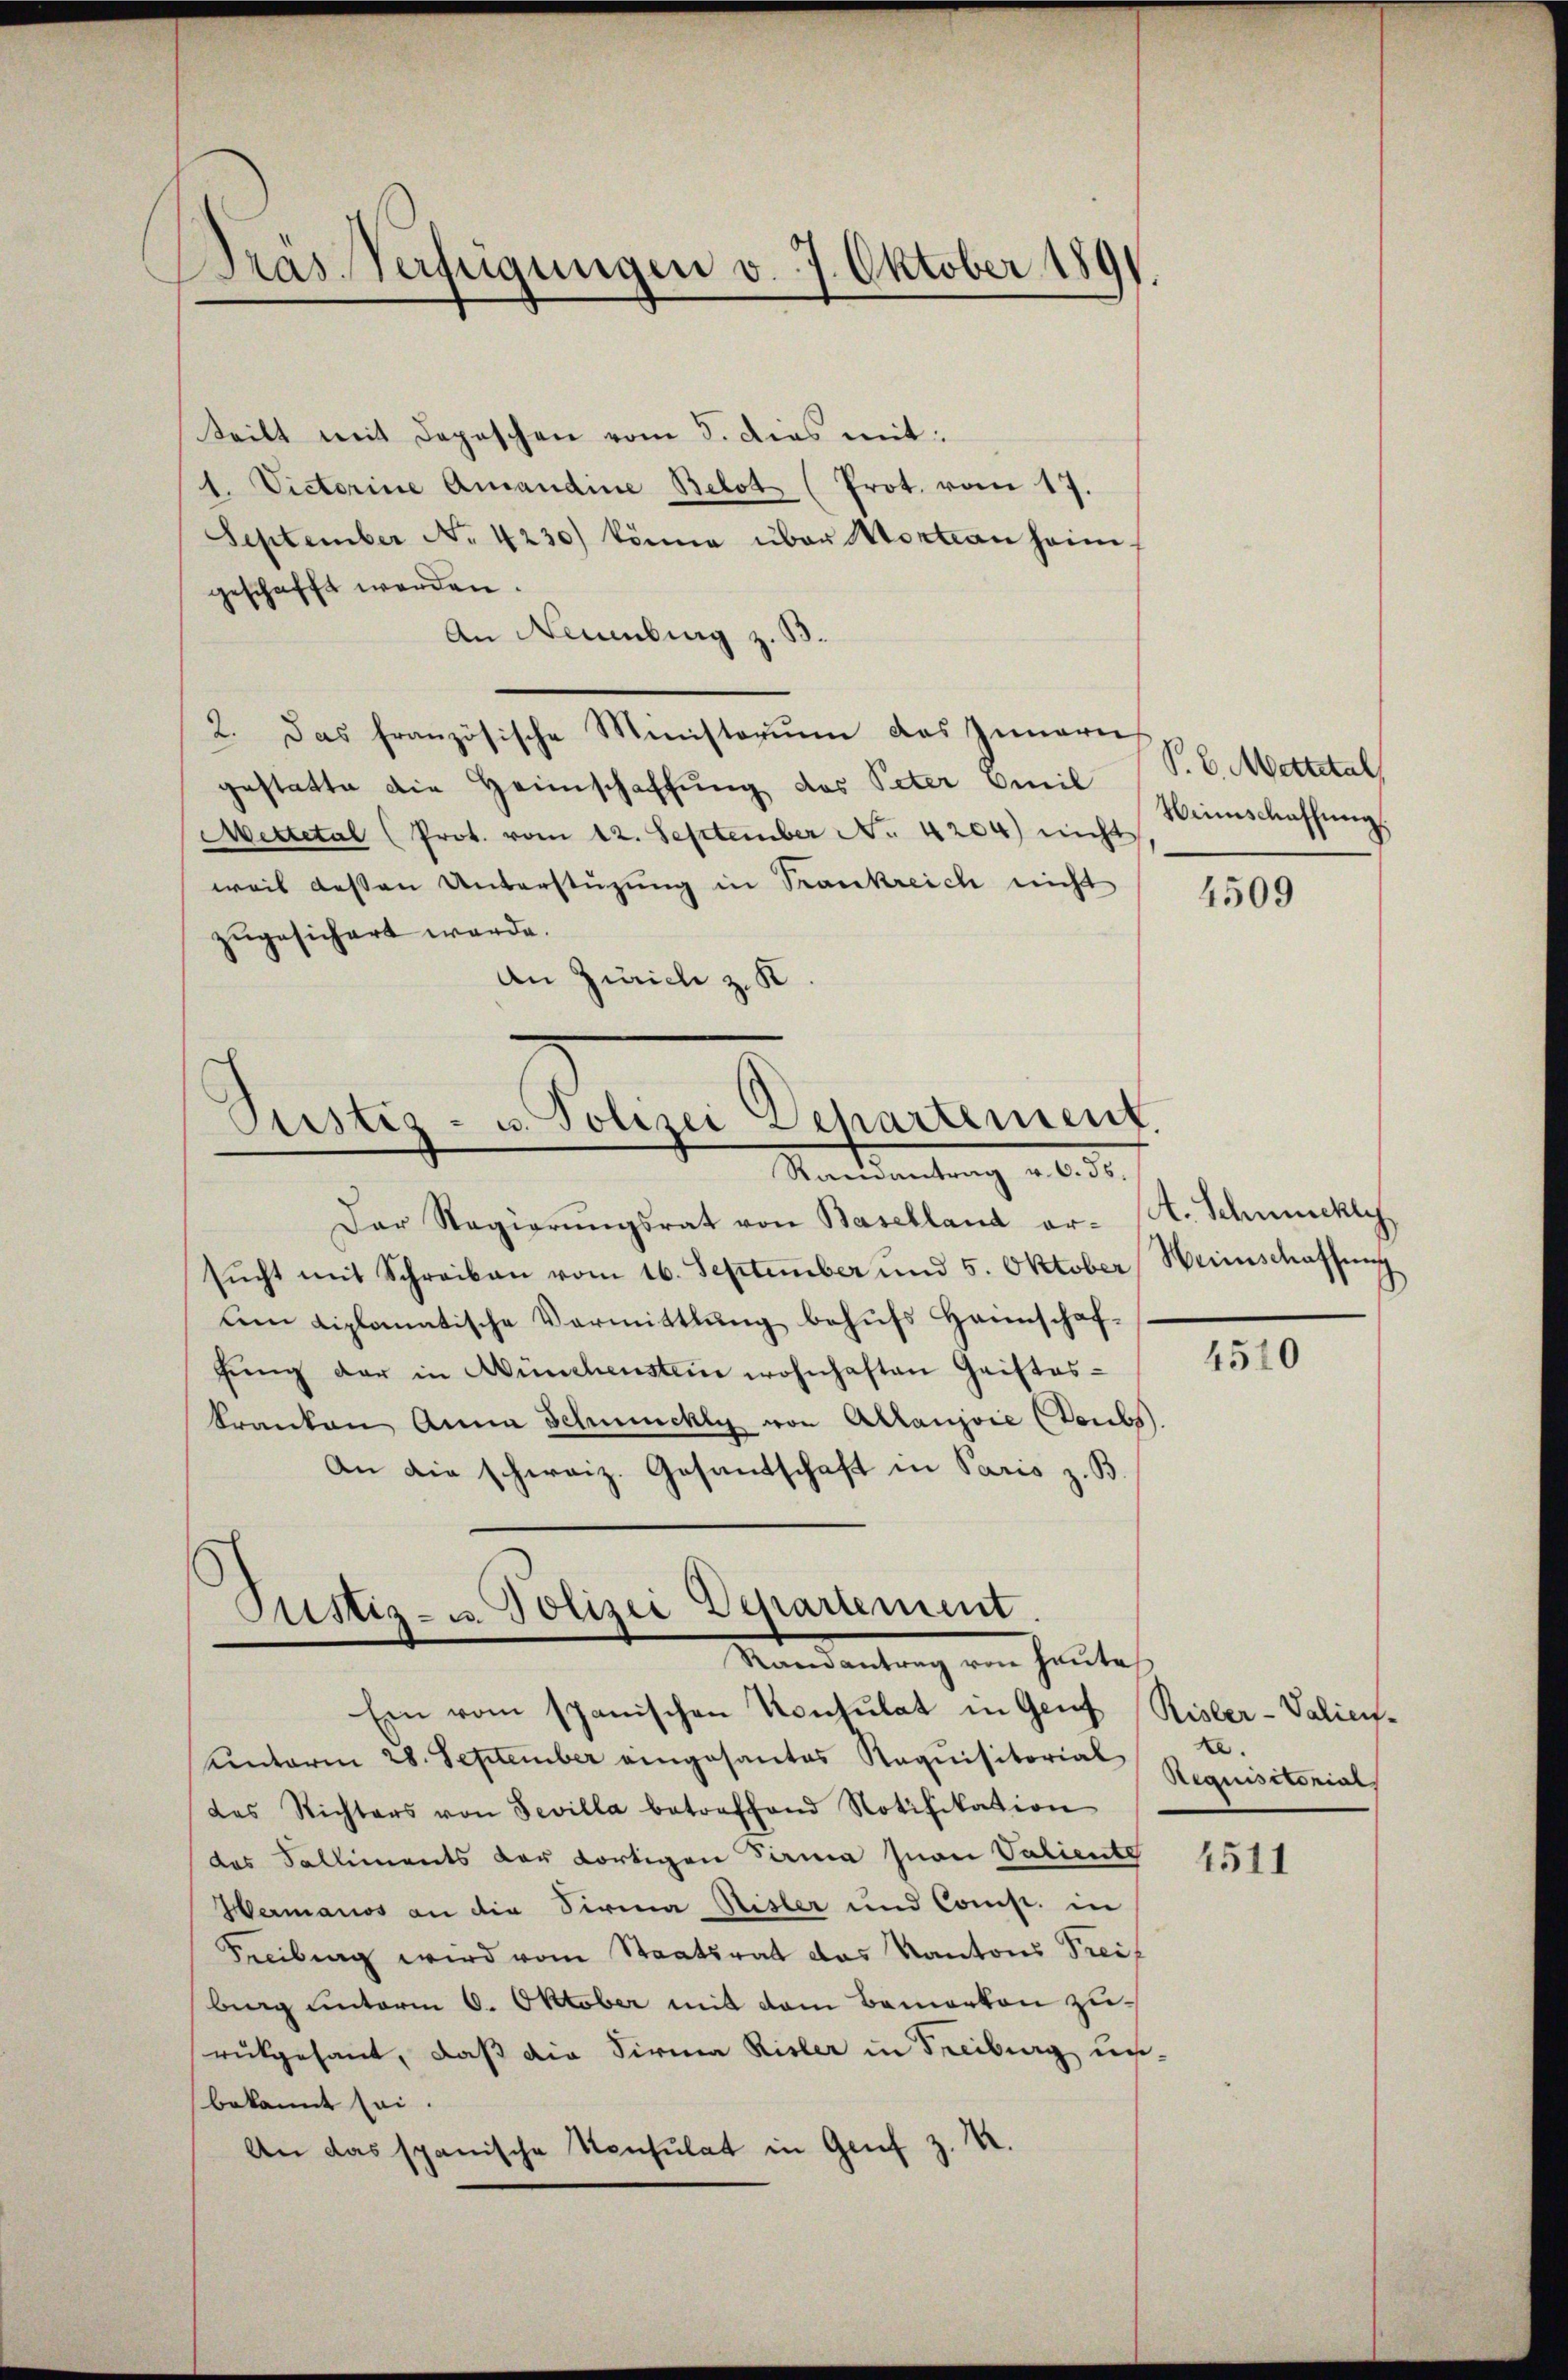
Präs. Verfügungen v. 7. Oktober 1891.

teilt mit Depeschen vom 5. dies mit:
1. Victorine Amandine Belot (Prot. vom 17.
September No. 4230) könne über Vortan heimgeschafft werden.
An Neuenburg z. B.
2. Das französische Ministerium des Innern
gestatte die Heimschaffung des Peter Emil
Mettetal (Prot. vom 12. September No. 4204) nicht
weil dessen Unterstützung in Trankreich nicht
zugesichert werde.
An Zürich z. K

Puistig - u. Polizei Departement.
Randantrag v. 6. 55.

Pustiz- u. Polizei Departement.
Raenantrag von heute
Ein vom spanischen Konsulat in Genf (Risler-Valien¬

Dar Regierŭngsrat von Baselland er- H. Schmuckli
sŭcht mit Schreiben vom 16. September und 5. Oktober Weinschaffung
um diplomatische Vormittlung behufs Heimschaffŭng der in Münchenstein wohnhaften Gristos-
kranken Anna Schmuchli von Altaujoie (Toubs.
An die schweiz. Gesantschaft in Paris z. B

unterm 28. September eingesantes Requisitorial
das Richters von Sevilla betreffend Notifikation
das Falliments der dortigen Firma non Valiente
Hermanos an die Firma Hisler und Comp. in
Freibung wird vom Staatsrat das Kantons Treif
berg unterm 6. Oktober mit dem Bemerken zurükgesant, dass die Firma Risler in Freiburg un-
bekannt sei.
An das spanische Konsulat in Genf z. B.

S. E. Mettelal
Weinschaffung

4509

4510

e
Requisitorial

4511